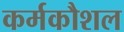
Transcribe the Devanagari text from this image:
कर्मकौशल